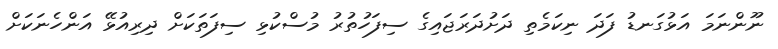
ނޫންނަމަ އަޅުގަނޑު ފަދަ ނިކަމެތި ދަށުދަރަޖައިގެ ސިފަހުތުރު މުސްކުޅި ސިފަތަކަށް ދިރިއުޅޭ އަންހެނަކަށް